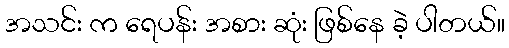
အသင်း က ရေပန်း အစား ဆုံး ဖြစ်နေ ခဲ့ ပါတယ်။